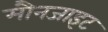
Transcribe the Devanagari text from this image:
मौनजाइट